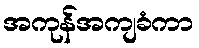
အကုန်အကျခံကာ